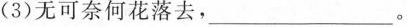
( 3 ) 无可奈何花落去，___。